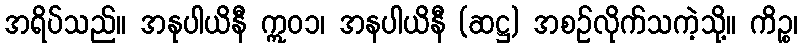
အရိပ်သည်။ အနုပါယိနီ ဣဝ၁၊ အနပါယိနီ (ဆဋ္ဌ) အစဉ်လိုက်သကဲ့သို့။ ကိဉ္စ၊